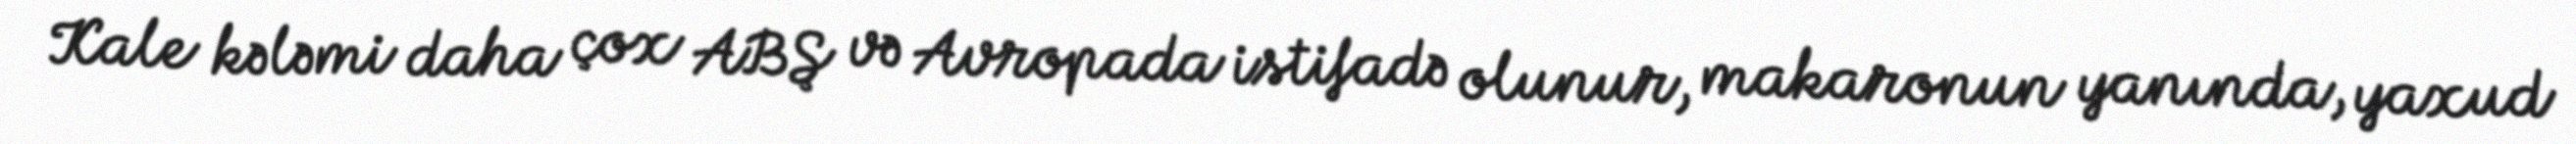
Kale kələmi daha çox ABŞ və Avropada istifadə olunur, makaronun yanında, yaxud